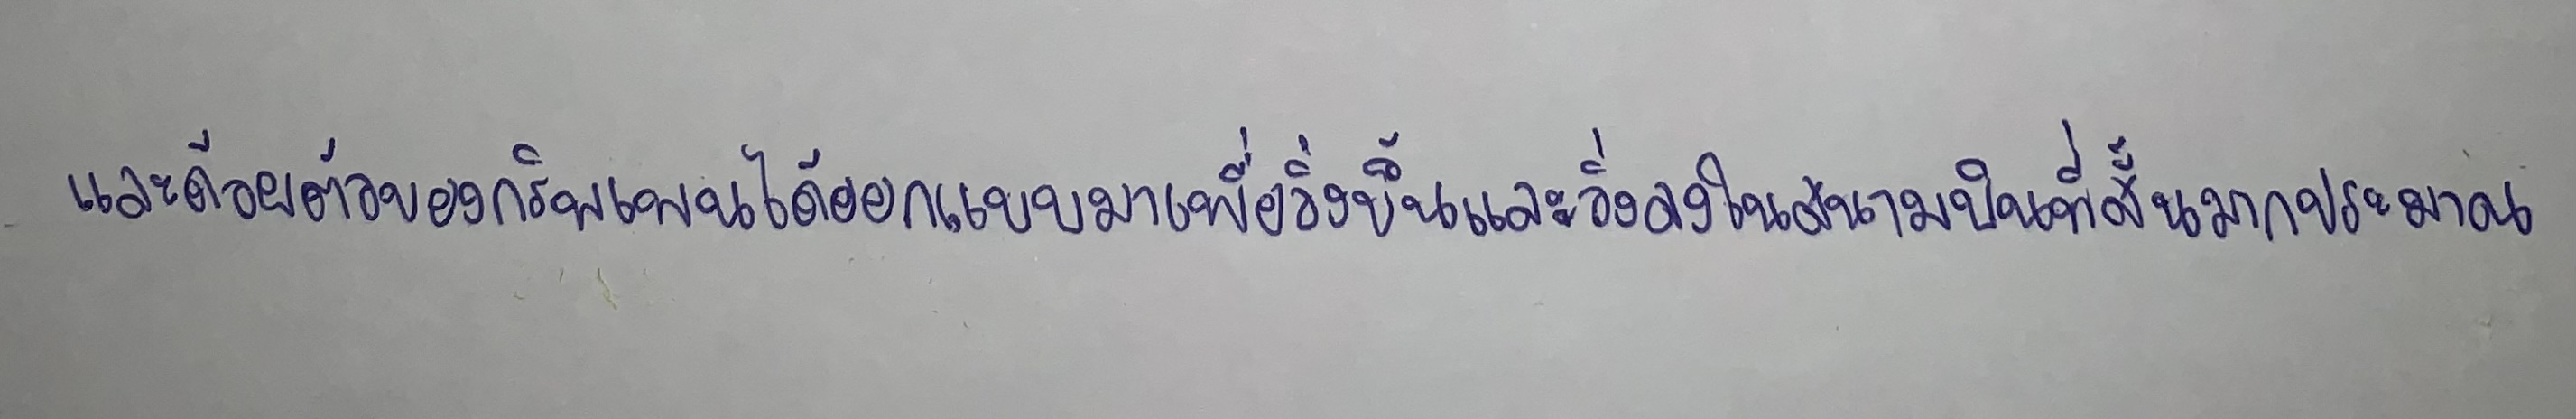
และด้วยตัวของกริพเพนได้ออกแบบมาเพื่อวิ่งขึ้นและวิ่งลงในสนามบินที่สั้นมากประมาณ